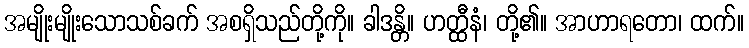
အမျိုးမျိုးသောသစ်ခက် အစရှိသည်တို့ကို။ ခါဒန္တိ။ ဟတ္ထီနံ၊ တို့၏။ အာဟာရတော၊ ထက်။